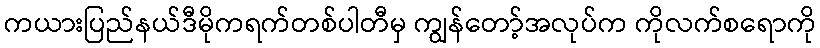
ကယားပြည်နယ်ဒီမိုကရက်တစ်ပါတီမှ ကျွန်တော့်အလုပ်က ကိုလက်စရောကို